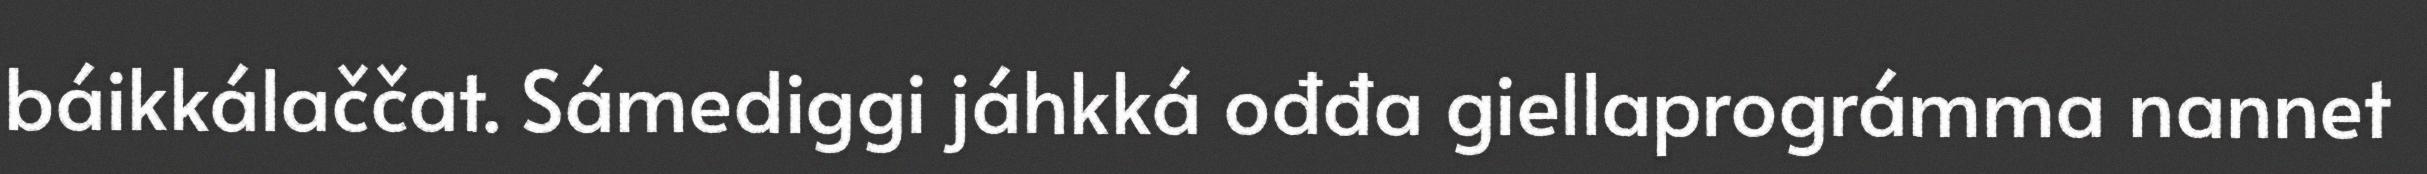
báikkálaččat. Sámediggi jáhkká ođđa giellaprográmma nannet